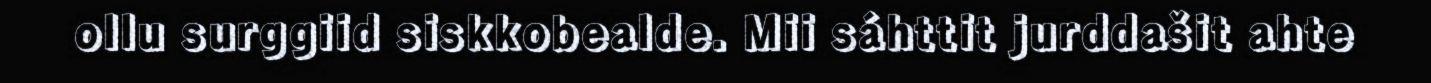
ollu surggiid siskkobealde. Mii sáhttit jurddašit ahte